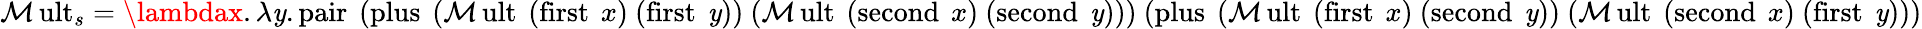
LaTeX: \operatorname{\mathcal{M}ult}_{s}=\lambdax.\lambda\mathit{y}.\operatorname{pair}\ (\operatorname{plus}\ (\operatorname{\mathcal{M}ult}\ (\operatorname{first}\ x)\ (\operatorname{first}\ \mathit{y}))\ (\operatorname{\mathcal{M}ult}\ (\operatorname{second}\ x)\ (\operatorname{second}\ \mathit{y})))\ (\operatorname{plus}\ (\operatorname{\mathcal{M}ult}\ (\operatorname{first}\ x)\ (\operatorname{second}\ \mathit{y}))\ (\operatorname{\mathcal{M}ult}\ (\operatorname{second}\ x)\ (\operatorname{first}\ \mathit{y})))